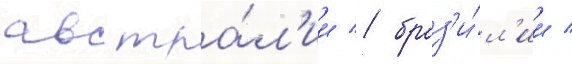
австра́л'ии / браз'и́л'ии /